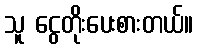
သူ ငွေတိုးပေးစားတယ်။